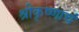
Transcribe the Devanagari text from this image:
श्रीकृष्णाचं